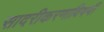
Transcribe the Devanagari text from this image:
सादरीकरणाविषयी